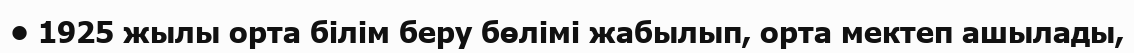
• 1925 жылы орта білім беру бөлімі жабылып, орта мектеп ашылады,